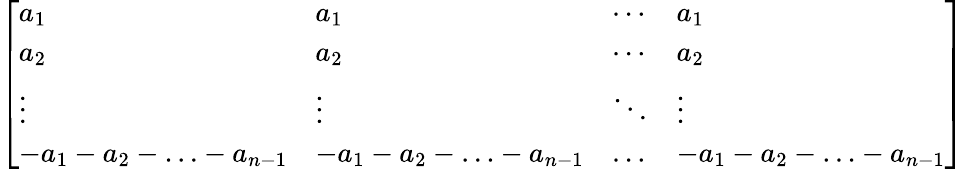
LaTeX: {\left[\begin{array}{llll}{a_{1}}&{a_{1}}&{\cdots}&{a_{1}}\\ {a_{2}}&{a_{2}}&{\cdots}&{a_{2}}\\ {\vdots}&{\vdots}&{\ddots}&{\vdots}\\ {-a_{1}-a_{2}-\ldots-a_{n-1}}&{-a_{1}-a_{2}-\ldots-a_{n-1}}&{\ldots}&{-a_{1}-a_{2}-\ldots-a_{n-1}}\end{array}\right]}